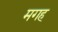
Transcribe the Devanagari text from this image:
मगह